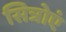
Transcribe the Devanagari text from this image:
सित्रोएं